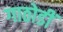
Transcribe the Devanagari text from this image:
गाठोडीं